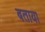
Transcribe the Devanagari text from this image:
बताया